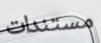
مستندات